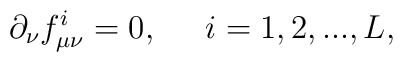
\partial _\nu f_{\mu \nu }^i=0,\;\;\;\;\;i=1,2,...,L,